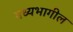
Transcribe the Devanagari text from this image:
मध्यभागील